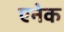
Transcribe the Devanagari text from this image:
एनेक